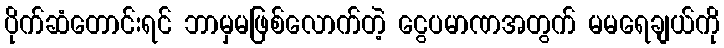
ပိုက်ဆံတောင်းရင် ဘာမှမဖြစ်လောက်တဲ့ ငွေပမာဏအတွက် မမရေချယ်ကို